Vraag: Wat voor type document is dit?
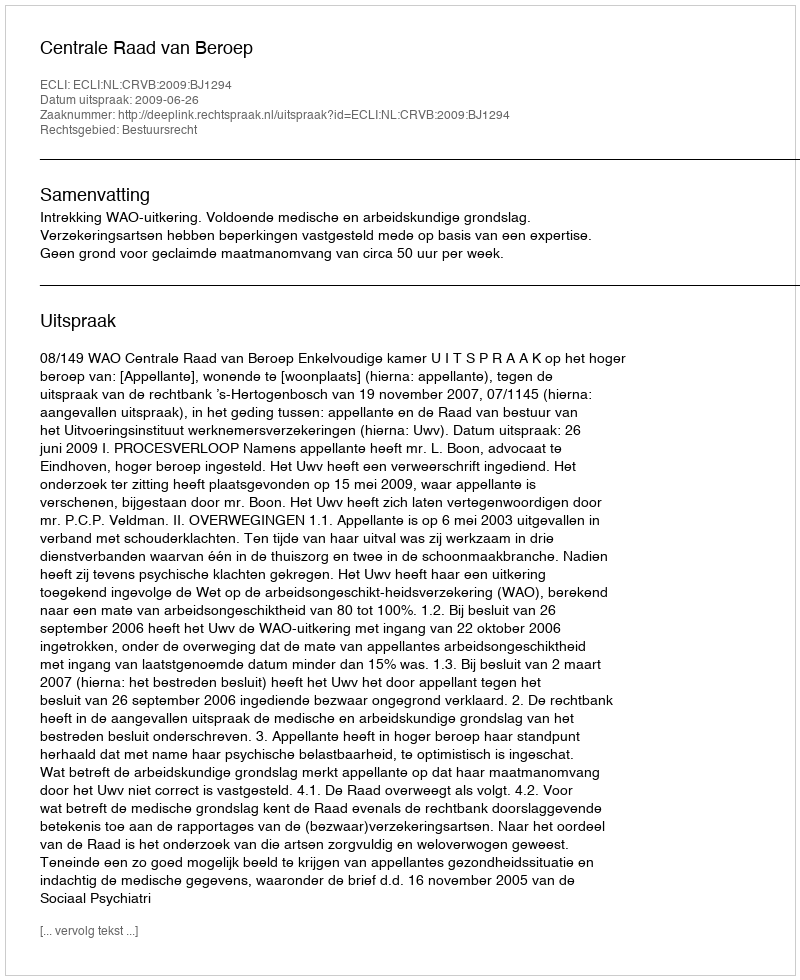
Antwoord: Uitspraak